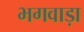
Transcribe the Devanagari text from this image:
भगवाड़ा